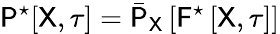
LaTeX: \mathsf{P}^{\star}[\mathsf{X},\mathsf{\tau}]=\bar{\mathsf{P}}_{\mathsf{X}}\left[\mathsf{F}^{\star}\left[\mathsf{X},\tau\right]\right]